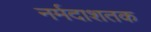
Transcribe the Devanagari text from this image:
नर्मदाशतक